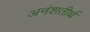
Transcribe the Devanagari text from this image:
अनंशतीर्थ